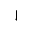
\downharpoonleft